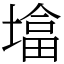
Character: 墖